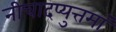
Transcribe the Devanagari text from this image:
नीचादप्युत्तमां